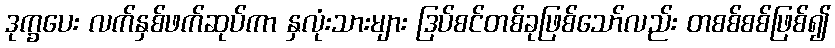
ဒုက္ခပေး လက်နှစ်ဖက်ဆုပ်ကာ နှလုံးသားများ ဒြပ်စင်တစ်ခုဖြစ်သော်လည်း တစစ်စစ်ဖြစ်၍